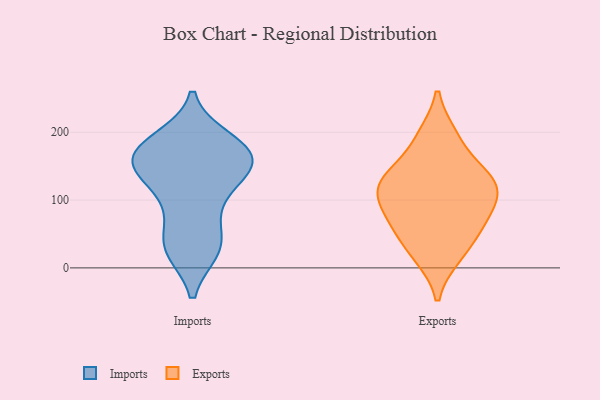
{"axis": {"x": "Demand Index", "y": "Value"}, "legend": ["Exports", "Imports"], "data": [{"x": "", "y": 29, "type": "Imports"}, {"x": "", "y": 28, "type": "Imports"}, {"x": "", "y": 143, "type": "Imports"}, {"x": "", "y": 145, "type": "Imports"}, {"x": "", "y": 134, "type": "Imports"}, {"x": "", "y": 176, "type": "Imports"}, {"x": "", "y": 100, "type": "Imports"}, {"x": "", "y": 36, "type": "Imports"}, {"x": "", "y": 180, "type": "Imports"}, {"x": "", "y": 163, "type": "Imports"}, {"x": "", "y": 160, "type": "Imports"}, {"x": "", "y": 156, "type": "Imports"}, {"x": "", "y": 172, "type": "Imports"}, {"x": "", "y": 92, "type": "Imports"}, {"x": "", "y": 188, "type": "Imports"}, {"x": "", "y": 35, "type": "Imports"}, {"x": "", "y": 194, "type": "Exports"}, {"x": "", "y": 54, "type": "Exports"}, {"x": "", "y": 128, "type": "Exports"}, {"x": "", "y": 134, "type": "Exports"}, {"x": "", "y": 64, "type": "Exports"}, {"x": "", "y": 119, "type": "Exports"}, {"x": "", "y": 136, "type": "Exports"}, {"x": "", "y": 20, "type": "Exports"}, {"x": "", "y": 62, "type": "Exports"}, {"x": "", "y": 136, "type": "Exports"}, {"x": "", "y": 96, "type": "Exports"}, {"x": "", "y": 192, "type": "Exports"}, {"x": "", "y": 93, "type": "Exports"}, {"x": "", "y": 102, "type": "Exports"}, {"x": "", "y": 18, "type": "Exports"}]}